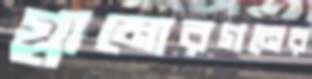
গ্লামোরগনের